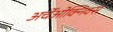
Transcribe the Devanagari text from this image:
अर्चेओक्निक्स